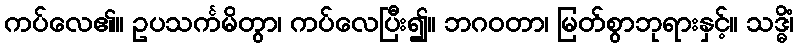
ကပ်လေ၏။ ဥပသင်္ကမိတွာ၊ ကပ်လေပြီး၍။ ဘဂဝတာ၊ မြတ်စွာဘုရားနှင့်။ သဒ္ဓိံ၊